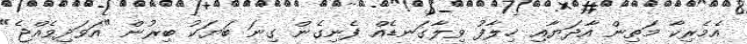
އެމެރިކާ މަތިން އާދަޔާއި ޚިލާފު ވިލާގަނޑެއް ފެނިގެން ގިނަ ބަޔަކު ބިރުން "އަވަދިވެއްޖެ"